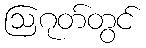
ဩဂုတ်တွင်